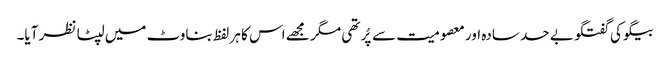
بیگو کی گفتگو بے حد سادہ اور معصومیت سے پُر تھی مگر مجھے اس کا ہر لفظ بناوٹ میں لپٹا نظر آیا۔